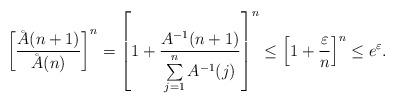
LaTeX: \begin{align*}\left[\frac{\AA (n+1) }{\AA (n)}\right] ^n= \left[1 + \frac{A^{-1}(n+1)}{\sum\limits _{j=1}^n A^{-1}(j)} \right] ^n \leq \left[1 + \frac{\varepsilon}{ n} \right] ^n\leq e^\varepsilon.\end{align*}